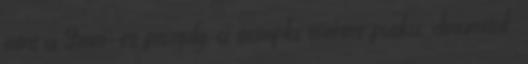
mint a 9mm-es pisztoly, a szimpla sörétes puska, dinamitok,